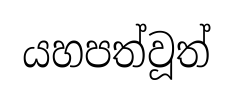
යහපත්වූත්